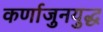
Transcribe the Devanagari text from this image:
कर्णाजुनयुद्ध